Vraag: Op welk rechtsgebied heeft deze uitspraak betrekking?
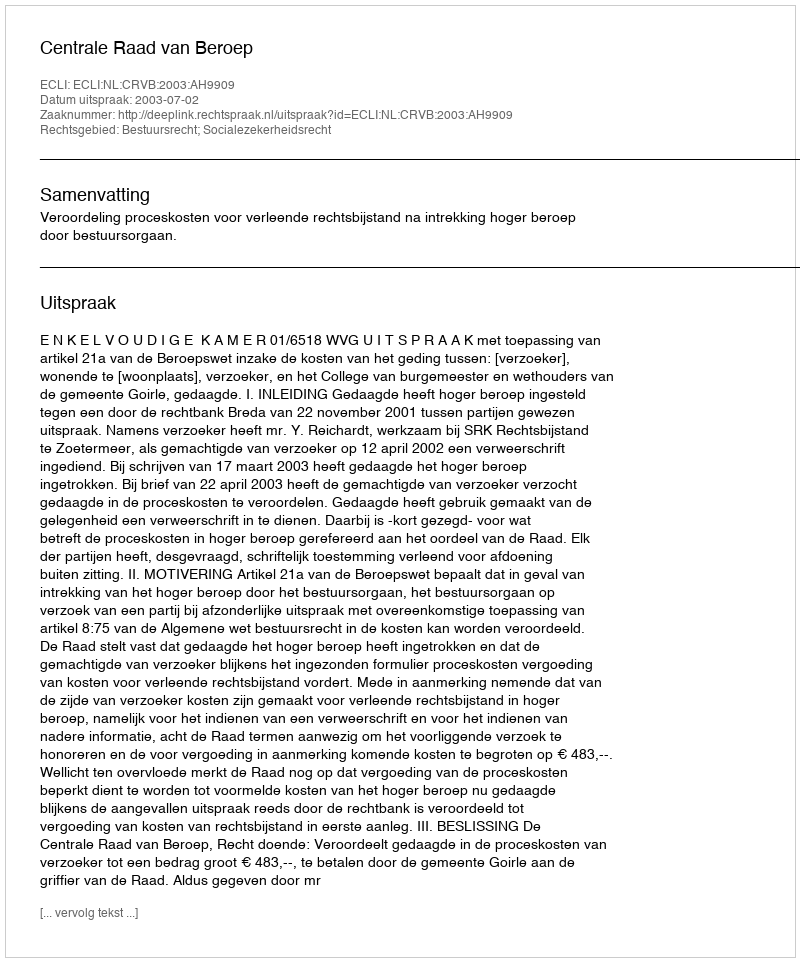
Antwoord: Bestuursrecht; Socialezekerheidsrecht